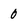
Character: 0